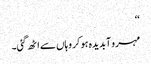
‘‘
مہرو آبدیدہ ہو کر وہاں سے اٹھ گئی۔